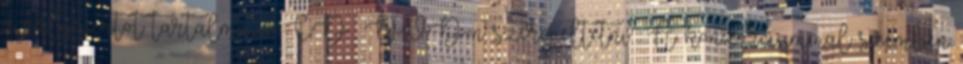
a pályázatot tartalmazó CD DVD-n szerepeltetni . A konzorciummal szemben